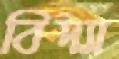
বিদ্যা